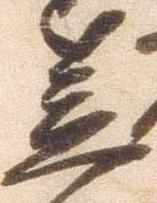
笠